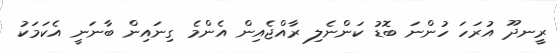
ރީނދޫ އުރަހަ ހުންނަ ބޮޑު ކަންނެލި ރާއްޖެއިން އެންމެ ގިނައިން ބާނަނީ އެކަމަކު